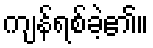
ကျန်ရစ်ခဲ့၏။